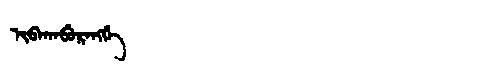
Manchu: ᡳᠪᠠᡴᠠᠪᡠᡵᠠᠩᡤᡝ
Romanization: IBAKABURANGGE